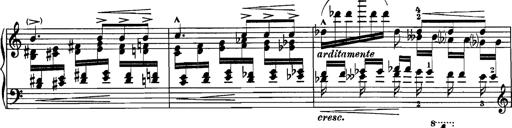
Title: Grandes Etudes
Composer: Franz Liszt